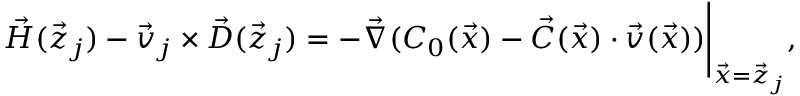
\vec { H } ( \vec { z } _ { j } ) - \vec { v } _ { j } \times \vec { D } ( \vec { z } _ { j } ) = - \vec { \nabla } ( C _ { 0 } ( \vec { x } ) - \vec { C } ( \vec { x } ) \cdot \vec { v } ( \vec { x } ) ) \Bigg | _ { \vec { x } = \vec { z } _ { j } } ,